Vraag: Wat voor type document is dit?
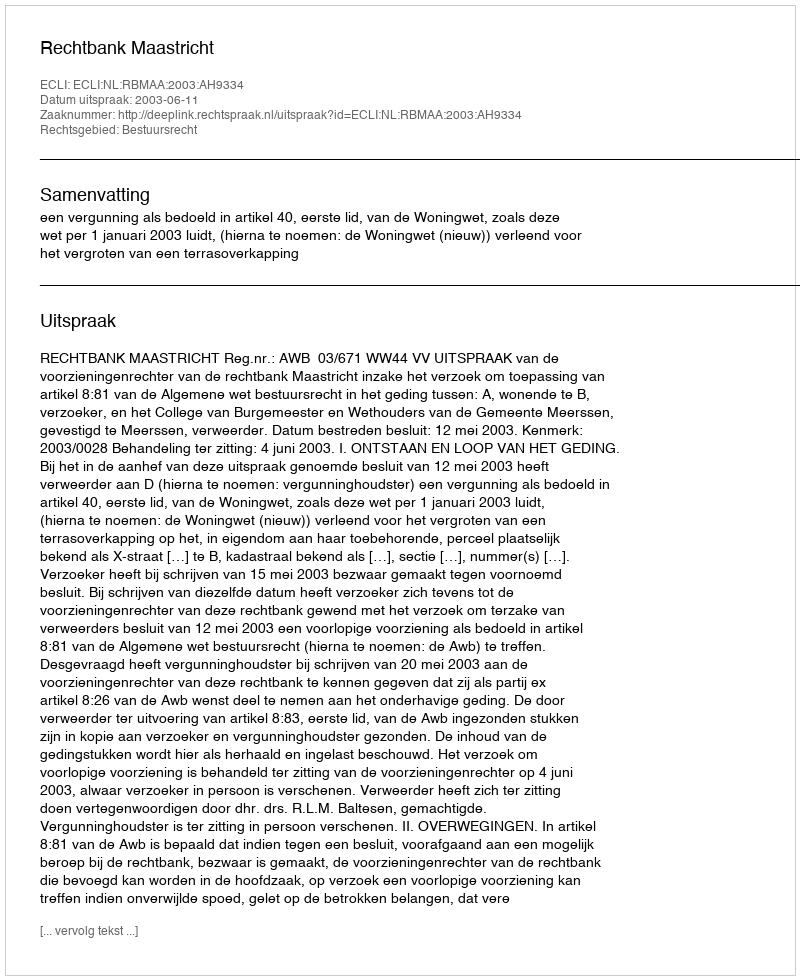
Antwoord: Uitspraak